Punjab Mental Hospital Lahore 1932-46 - 1932-1946
Year: 1932
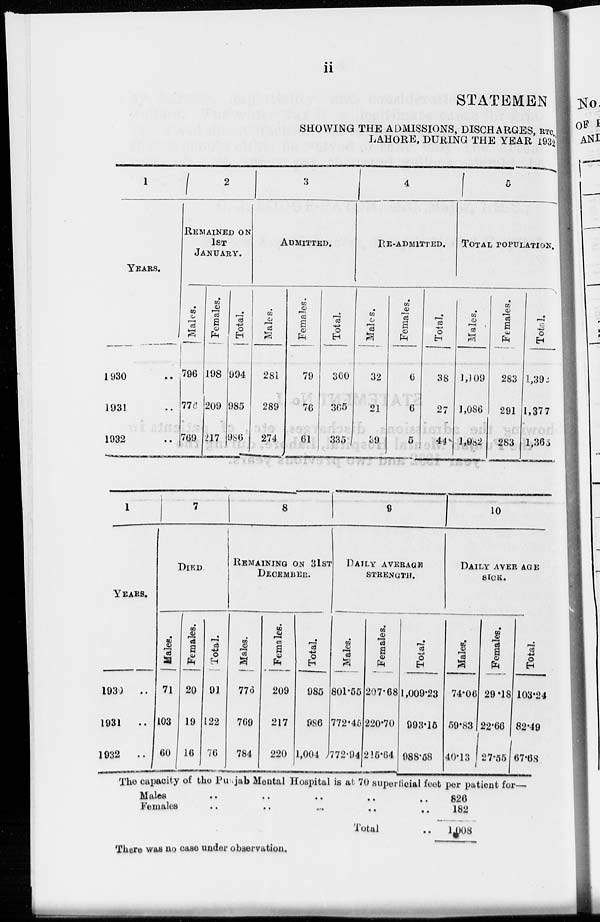
ii
STATEMENT
SHOWING THE ADMISSIONS, DISCHARGES, RTC.
LAHORE, DURING THE YEAR 1932
1
YEARS.
1930
..
1931
..
1932
..
2
REMAINED ON
1ST
JANUARY.
Males.
796
776
769
Females.
198
209
217
Total.
994
985
986
3
ADMITTED.
Males.
281
289
274
Females.
79
76
61
Total.
360
365
335
4
RE-ADMITTED.
Males.
32
21
39
Females.
6
6
5
Total.
38
27
44
5
TOTAL POPULATION.
Males.
1,109
1,086
1,082
Females.
283
291
283
Total.
1,392
1,377
1,365
1
YEARS.
1930
..
1931 ..
1032
..
7
DIED.
Males.
71
103
60
Females.
20
19
16
Total.
91
122
76
8
REMAINING ON 31ST
DECEMBER.
Males.
776
769
784
Females.
209
217
220
Total.
985
986
1,004
9
DAILY AVERAGE
STRENGTH.
Males.
801.55
772.45
772.94
Females.
207.68
220.70
215.64
Total.
1,009.23
993.15
988.58
10
DAILY AVERAGE
SICK.
Males.
74.06
59.83
40.13
Females.
29.18
22.66
27.55
Total.
103.24
82.49
87.68
The capacity of the Punjab Mental Hospital is at 70 superficial feet per patient for—
Males
..
..
..
..
..
Females .. .. .. .. ..
Total ..
826
182
1008
There was no case under observation.